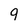
Character: 9